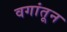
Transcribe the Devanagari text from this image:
वगांतून